system: You are a helpful assistant.
user:
Analyze the provided spectrum to determine if it is a **"Cataclysmic Variables (CV)"**.

- **Key Indicators for CV (Check for either state):**
    - **State 1: Quiescent / Low-State (Emission-Dominated)**
        - **(Primary):** Strong and *very broad* Hydrogen Balmer emission lines (e.g., $H\alpha$ at 6563 Å, $H\beta$ at 4861 Å). The 'broadness' (high velocity dispersion, often FWHM > 1000 km/s) is the key diagnostic, indicating a high-velocity accretion disk.
        - **(Secondary):** Broad neutral Helium (He I) emission lines (e.g., 5876 Å, 6678 Å).
        - **(Key Confirmation):** Presence of high-excitation *ionized* Helium (He II) emission at 4686 Å. This is a strong indicator of accretion onto a white dwarf.
        - **(Line Profile):** Emission lines may exhibit a 'double-peaked' profile, which is a classic signature of a rotating accretion disk viewed at high inclination.

    - **State 2: Outburst / High-State (Absorption-Dominated)**
        - **(Primary):** Spectrum is dominated by a bright, blue continuum (looks like a hot star).
        - **(Secondary):** The emission lines from State 1 are weak, absent, or 'filled in', and are replaced by broad, shallow *absorption* lines (primarily Balmer and He I).
        - **(Morphology):** The overall spectrum mimics a hot B/A-type star. The crucial difference is that the absorption lines are significantly broader, shallower, and more 'washed-out' (or 'smeared') than the sharp lines of a normal stellar photosphere, due to high rotational speeds and pressure broadening in the disk.

Think first, call **spectral_visualization_tool** if needed to examine features in detail, then provide your final answer. Your response must adhere to the following strict rules:
1.  **Overall Structure:** Your response must follow the format `<think>...</think> <tool_call>...</tool_call> (if a tool is used) <answer>...</answer>`.
2.  **Tool Usage Constraint:** You may only make **one** tool call per turn.
3.  **Final Answer Format:** In the `<answer>` tag, your conclusion must be inside a `\boxed{}` command (e.g., `\boxed{YES}`), followed by your justification.

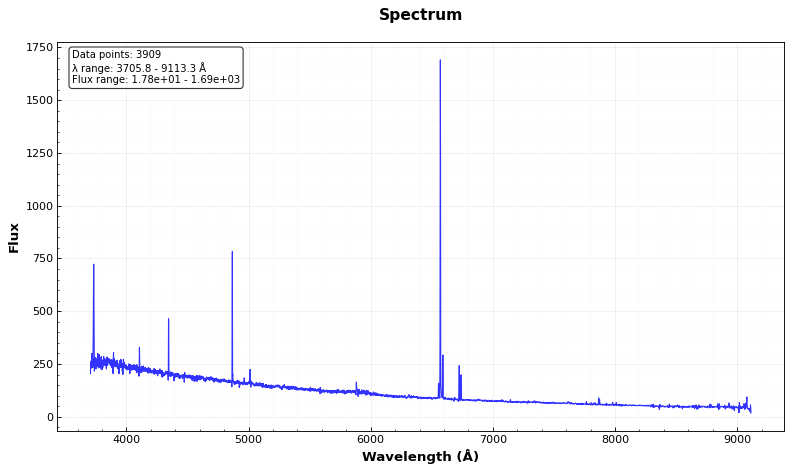
Answer: NO